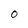
Character: O